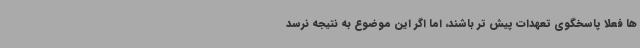
ها فعلا پاسخگوی تعهدات پیش تر باشند، اما اگر این موضوع به نتیجه نرسد